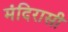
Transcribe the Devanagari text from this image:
मंदिरासी